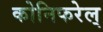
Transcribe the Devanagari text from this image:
कोनिफरेल्